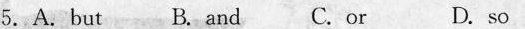
A、but B, and C.or D.so